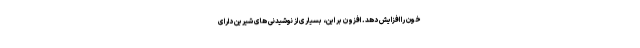
خون را افزایش دهد. افزون بر این، بسیاری از نوشیدنی های شیرین دارای